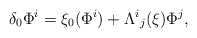
\begin{align*}\delta_0\Phi^i=\xi_0(\Phi^i)+\Lambda^{i}{}_{j}(\xi)\Phi^j,\end{align*}